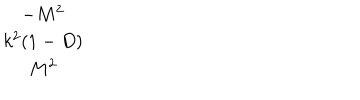
\begin{array} { c } { { - M ^ { 2 } } } \\ { { k ^ { 2 } ( 1 - D ) } } \\ { { M ^ { 2 } } } \\ \end{array}